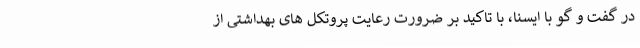
در گفت و گو با ایسنا، با تاکید بر ضرورت رعایت پروتکل های بهداشتی از